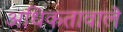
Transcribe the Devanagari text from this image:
अधिकतावाले